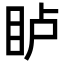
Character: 𪾦